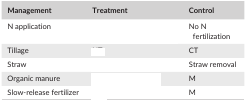
<table><thead><tr><td><b>Management</b></td><td><b>Treatment</b></td><td><b>Control</b></td></tr></thead><tbody><tr><td>N application</td><td>[EMPTY_CELL]</td><td>No N fertilization</td></tr><tr><td>Tillage</td><td>[EMPTY_CELL]</td><td>CT</td></tr><tr><td>Straw</td><td>[EMPTY_CELL]</td><td>Straw removal</td></tr><tr><td>Organic manure</td><td>[EMPTY_CELL]</td><td>M</td></tr><tr><td>Slow‐release fertilizer</td><td>[EMPTY_CELL]</td><td>M</td></tr></tbody></table>